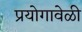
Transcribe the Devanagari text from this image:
प्रयोगावेळी